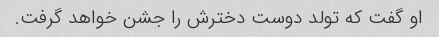
او گفت که تولد دوست دخترش را جشن خواهد گرفت.